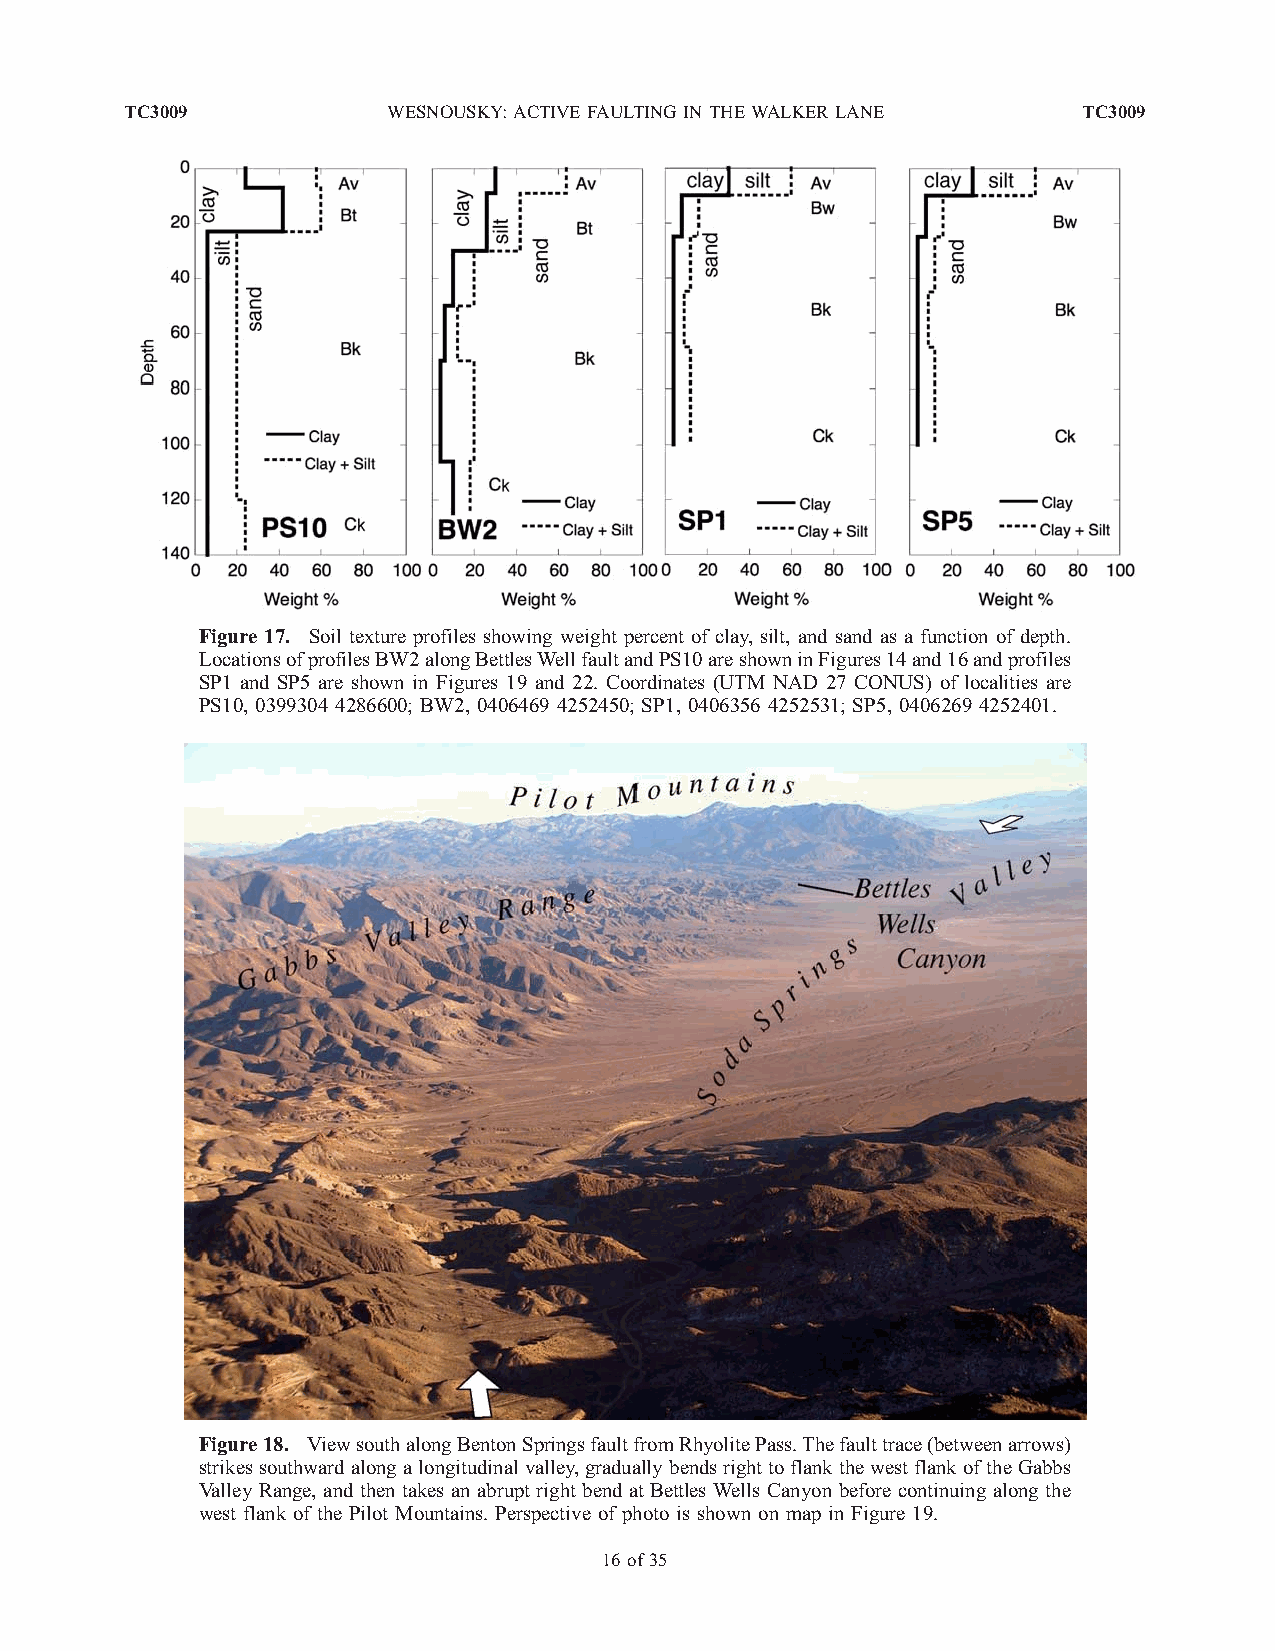
TC3009            WESNOUSKY: ACTIVEFAULTINGIN THEWALKERLANE     TC3009
 Figure 17. Soil texture profiles showing weight percent of clay, silt, and sand as a function of depth.
 LocationsofprofilesBW2alongBettlesWellfaultandPS10areshowninFigures14and16andprofiles
 SP1 and SP5 are shown in Figures 19 and 22. Coordinates (UTM NAD 27 CONUS) of localities are
 PS10, 0399304 4286600; BW2, 0406469 4252450; SP1, 0406356 4252531; SP5, 0406269 4252401.
 Figure18. ViewsouthalongBentonSpringsfaultfromRhyolitePass.Thefaulttrace(betweenarrows)
 strikessouthward alongalongitudinal valley,graduallybendsrighttoflankthewestflank oftheGabbs
 Valley Range, and then takes an abrupt right bend at Bettles Wells Canyon before continuing along the
 west flank of the Pilot Mountains. Perspective of photo is shown on map in Figure 19.
 16of 35